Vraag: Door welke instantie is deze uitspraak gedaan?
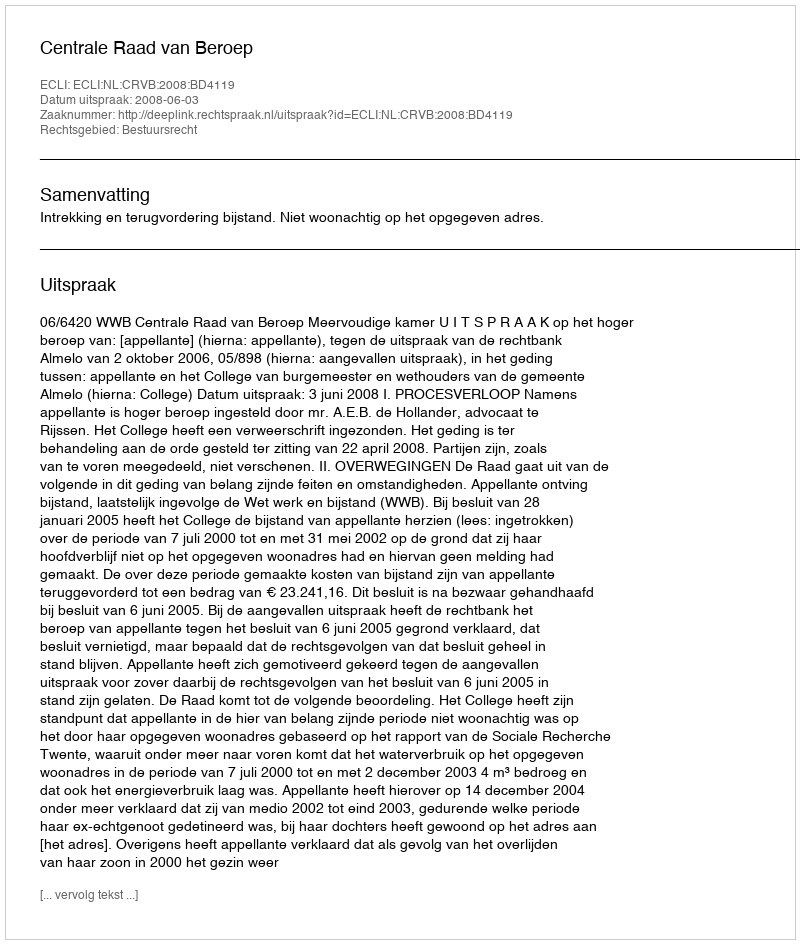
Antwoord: Centrale Raad van Beroep